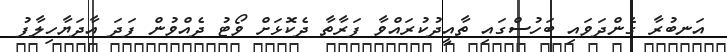
އަނބުރާ ގެންދަވައި ބަހުސްގައި ތާއީދުކުރައްވާ ފަރާތާ ދެކޮޅަށް ވޯޓު ދެއްވުން ފަދަ އާދަޔާހިލާފު